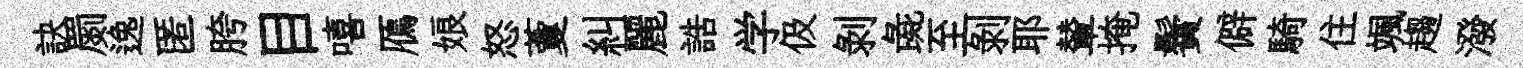
訣罽逸匿胯目嘻鴈娘怒藑糾麗誥学伋剥彘至剥耶輦掩鬢僻騎住颯趨潑